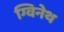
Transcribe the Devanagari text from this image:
ग्विनेथ